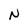
Character: N